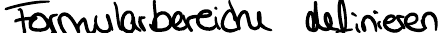
Formularbereiche definieren